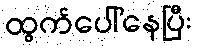
ထွက်ပေါ်နေပြီး